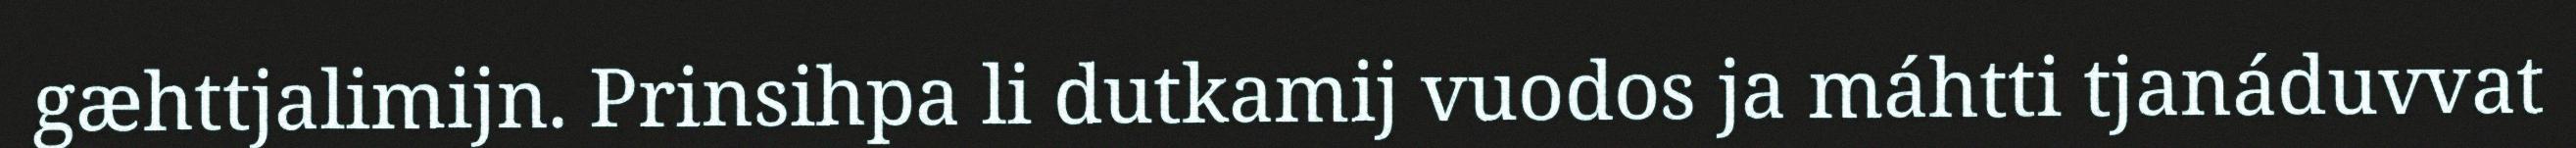
gæhttjalimijn. Prinsihpa li dutkamij vuodos ja máhtti tjanáduvvat